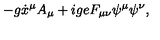
- g \dot { x } ^ { \mu } A _ { \mu } + i g e F _ { \mu \nu } \psi ^ { \mu } \psi ^ { \nu } ,